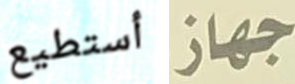
أستطيع جهاز